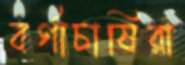
বর্গাচাষিরা